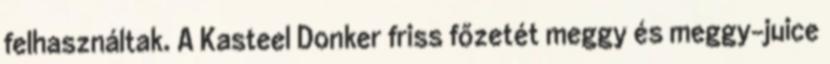
felhasználtak. A Kasteel Donker friss főzetét meggy és meggy-juice